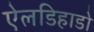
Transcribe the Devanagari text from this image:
ऐलडिहाडो